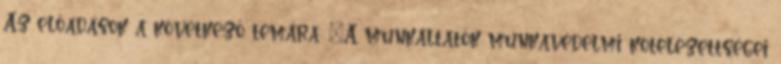
Az előadások a következő témára: "A munkáltatók munkavédelmi kötelezettségei